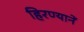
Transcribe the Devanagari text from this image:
हिरण्यानें